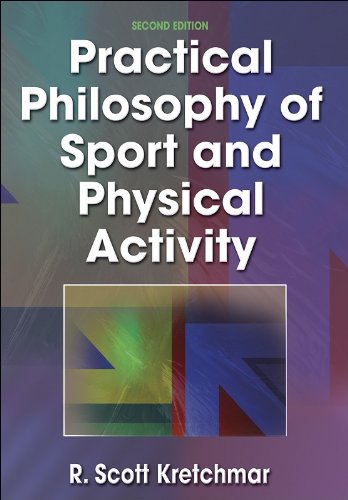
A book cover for Practical Philosophy of Sport and Physical Activity - 2nd Edition; R. Scott Kretchmar; Sports & Outdoors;